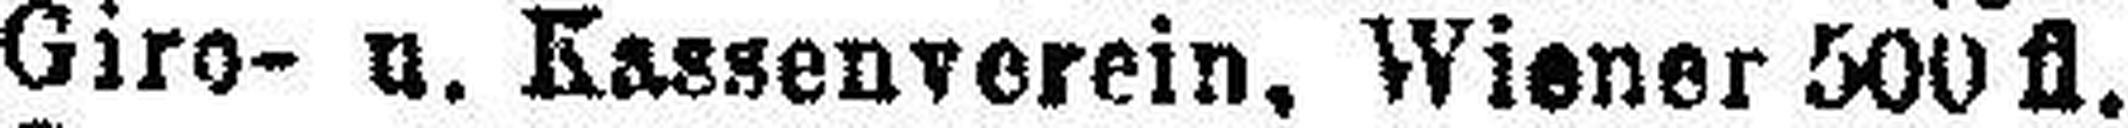
Giro- u. Kassenverein, Wiener 500 fl.